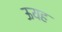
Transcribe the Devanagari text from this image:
ऊयह